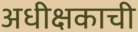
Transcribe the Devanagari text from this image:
अधीक्षकाची